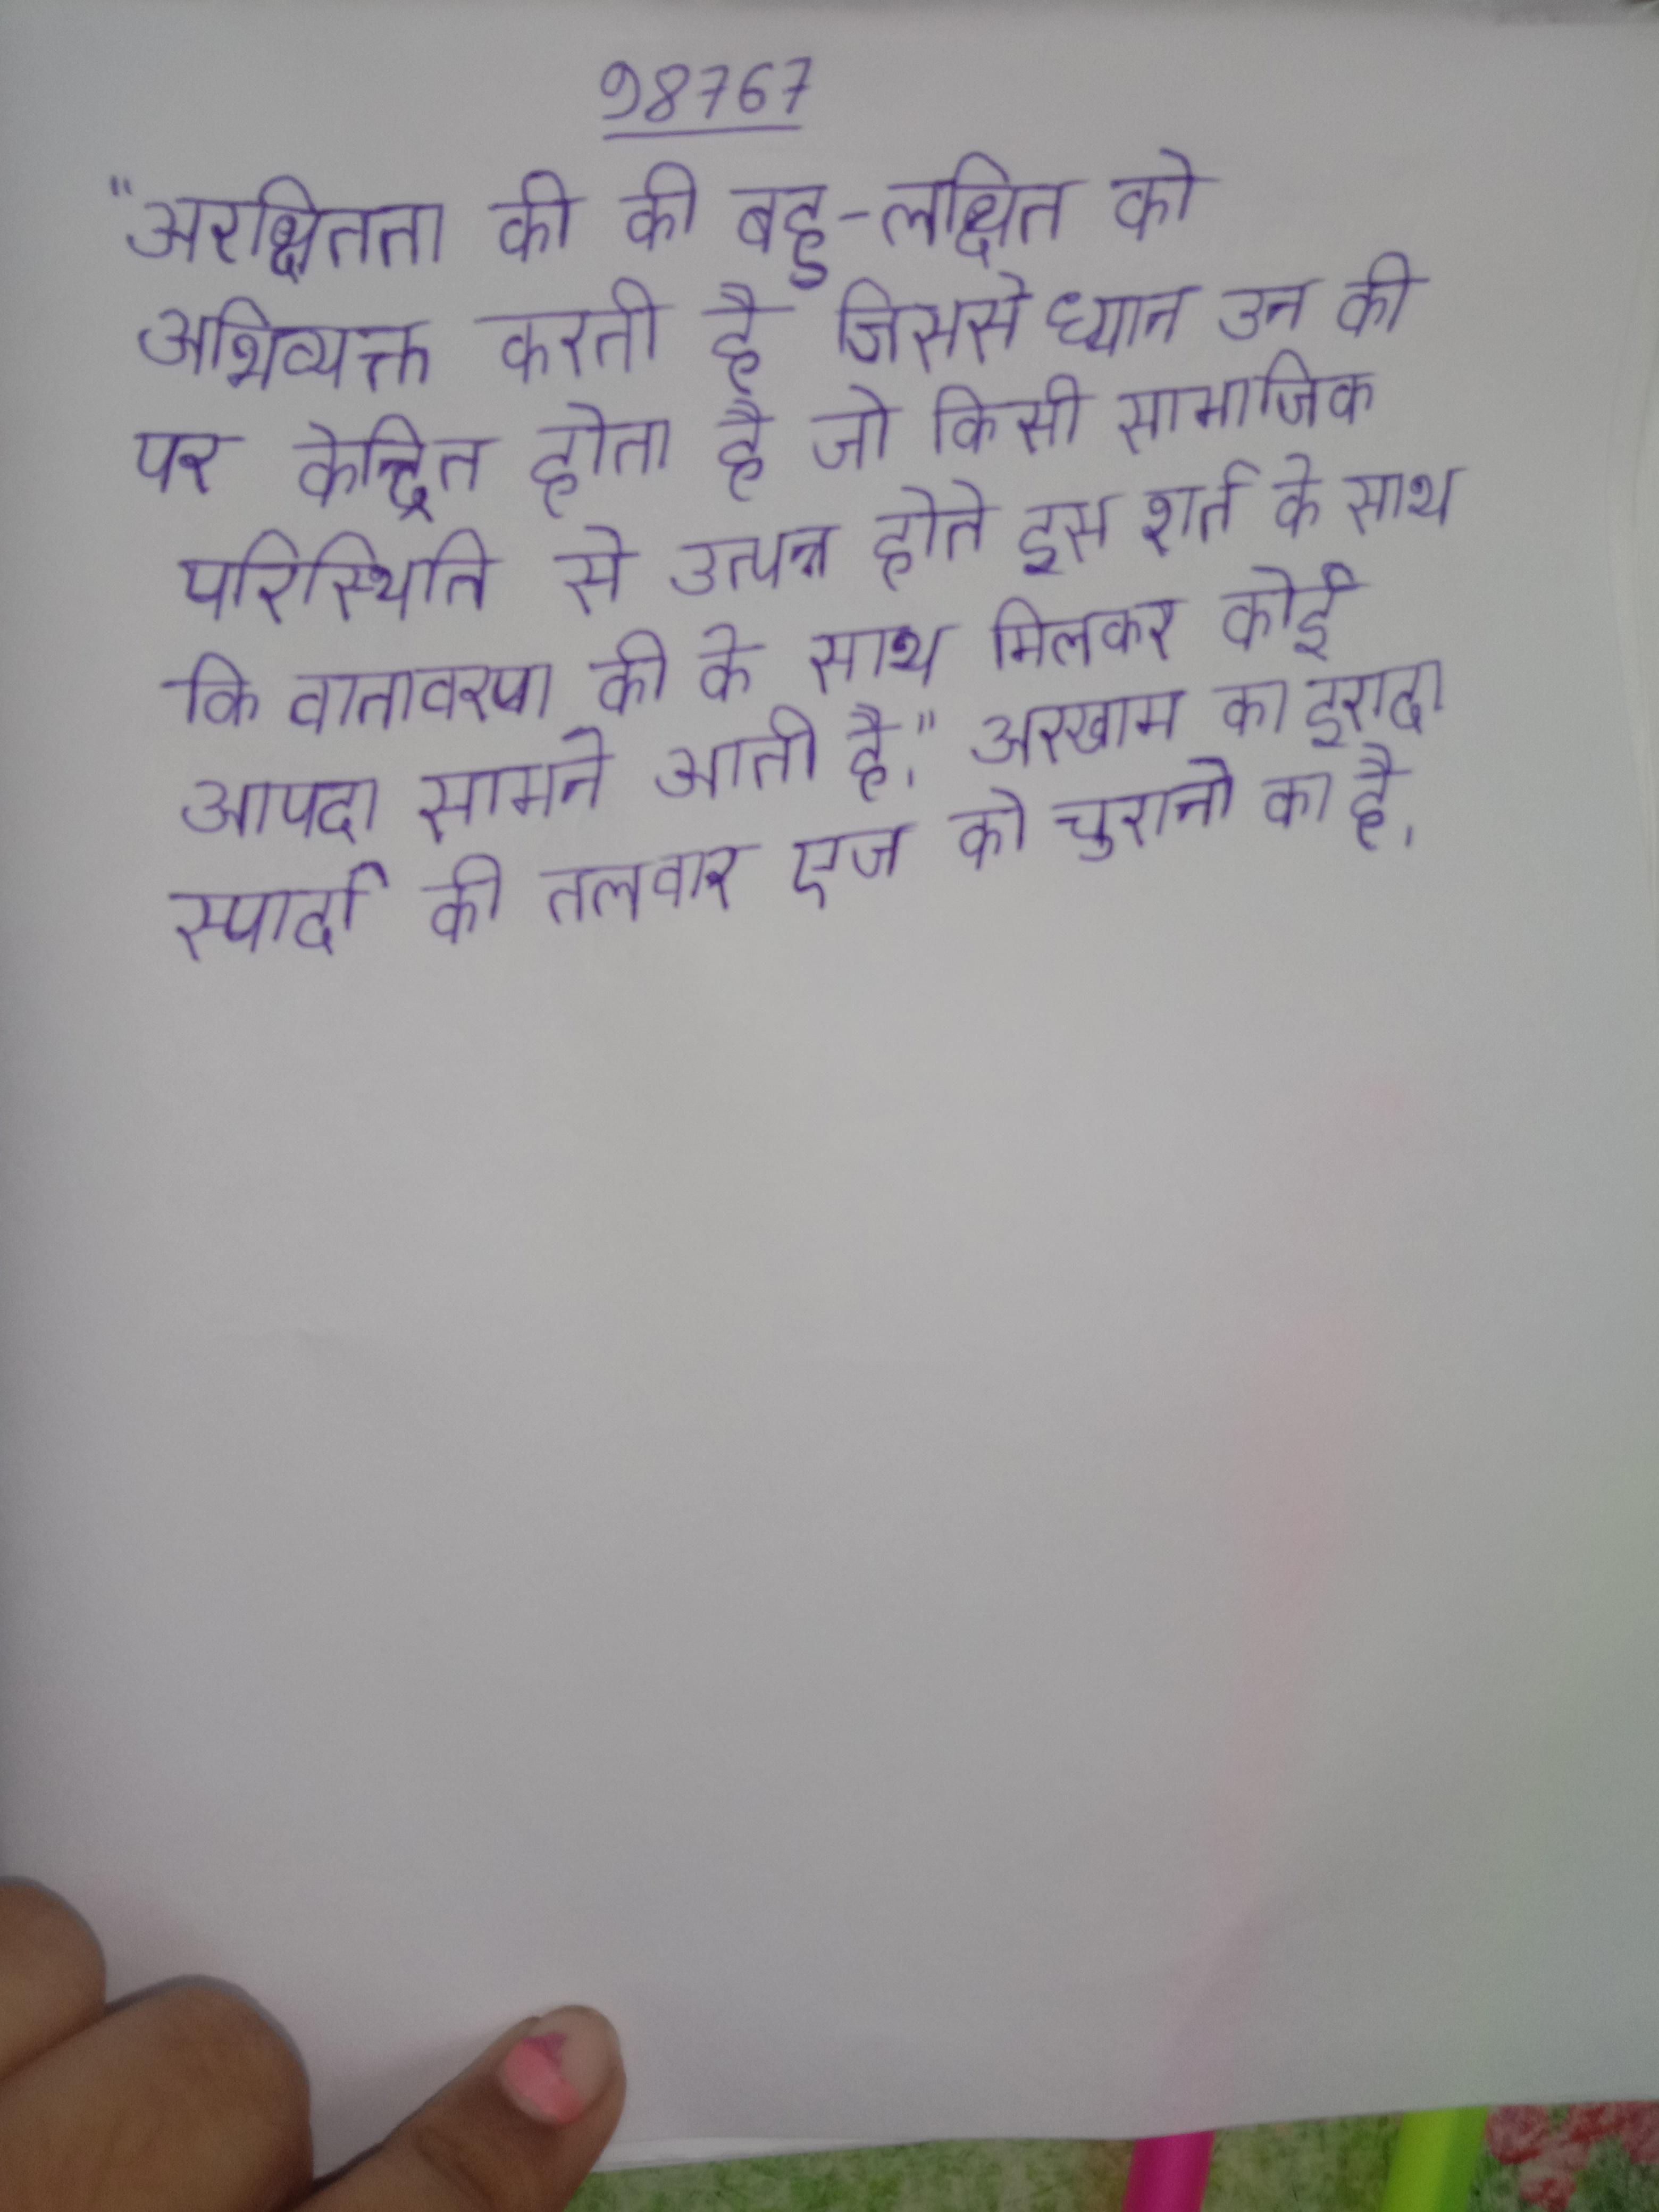
"अरक्षितता की की बहु-लक्षित को अभिव्यक्त करती है जिससे ध्यान उन की पर केन्द्रित होता है जो किसी सामाजिक परिस्थिति से उत्पन्न होते इस शर्त के साथ कि वातावरण की के साथ मिलकर कोई आपदा सामने आती है।" अरखाम का इरादा स्पार्दा की तलवार एज को चुराने का है ।